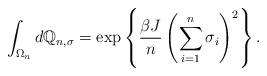
LaTeX: \begin{align*}\int_{\Omega_{n}} d \mathbb{Q}_{n,\sigma} = \exp\left\{ \frac{\beta J}{n} \left( \sum_{i=1}^{n}\sigma_{i} \right)^2 \right\}. \end{align*}